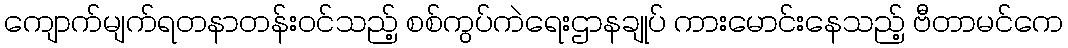
ကျောက်မျက်ရတနာတန်းဝင်သည့် စစ်ကွပ်ကဲရေးဌာနချုပ် ကားမောင်းနေသည့် ဗီတာမင်ကေ